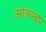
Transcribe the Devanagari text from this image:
आंत्रज्वर